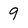
Character: 9